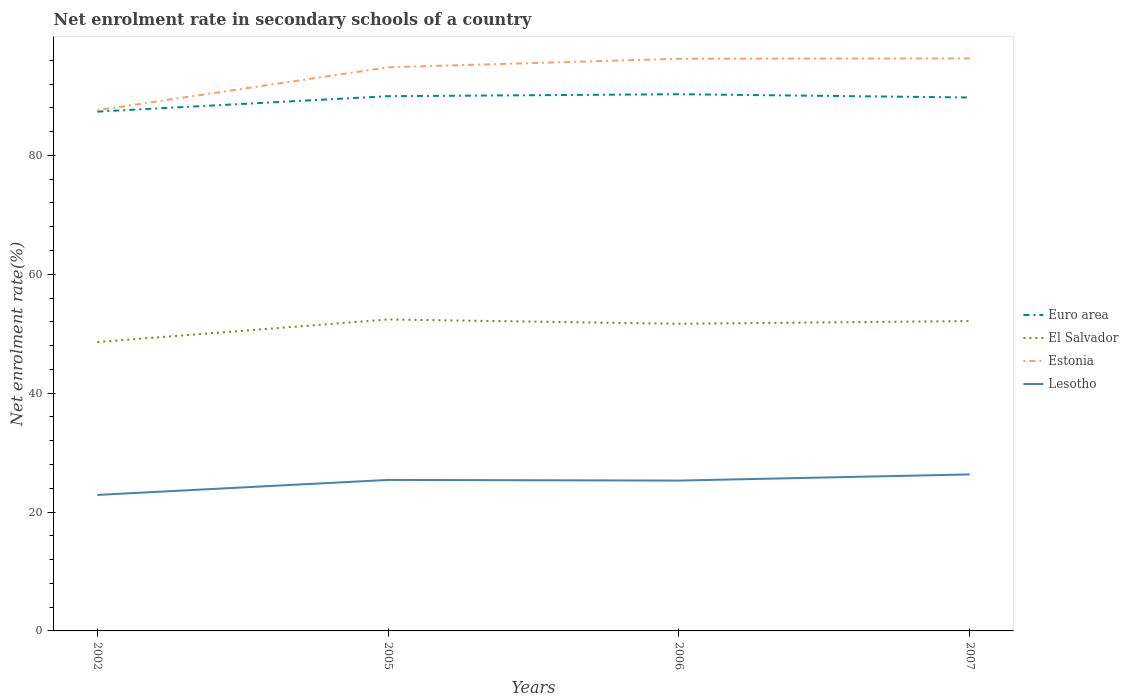
| Years | Euro area | El Salvador | Estonia | Lesotho |
 | --- | --- | --- | --- | --- |
 | 2002 | 87.4 | 48.6 | 87.6 | 22.9 |
 | 2005 | 90 | 52.4 | 94.8 | 25.4 |
 | 2006 | 90.3 | 51.7 | 96.3 | 25.3 |
 | 2007 | 89.7 | 52.1 | 96.3 | 26.3 |